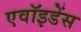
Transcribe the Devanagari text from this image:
एवॉइडेंस